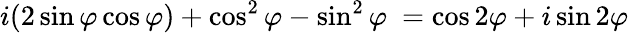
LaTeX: i(2\sin\varphi\cos\varphi)+\cos^{2}\varphi-\sin^{2}\varphi\ =\cos 2\varphi+i\sin 2\varphi